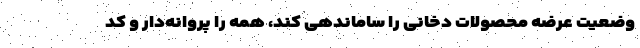
وضعیت عرضه محصولات دخانی را ساماندهی کند، همه را پروانه‌دار و کد